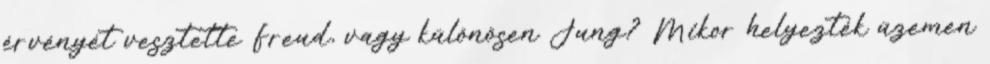
érvényét vesztette Freud, vagy különösen Jung? Mikor helyezték üzemen